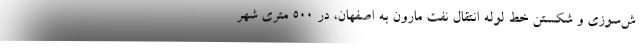
ش‌سوزي و شكستن خط لوله انتقال نفت مارون به اصفهان، در 500 متري شهر